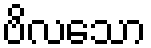
ဗိလသော